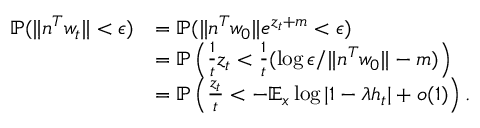
\begin{array} { r l } { \mathbb { P } ( \| n ^ { T } w _ { t } \| < \epsilon ) } & { = \mathbb { P } ( \| n ^ { T } w _ { 0 } \| e ^ { z _ { t } + m } < \epsilon ) } \\ & { = \mathbb { P } \left( \frac { 1 } { { t } } z _ { t } < \frac { 1 } { { t } } ( \log \epsilon / \| n ^ { T } w _ { 0 } \| - m ) \right) } \\ & { = \mathbb { P } \left( \frac { z _ { t } } { t } < - \mathbb { E } _ { x } \log | 1 - \lambda h _ { t } | + o ( 1 ) \right) . } \end{array}